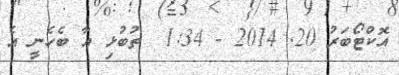
އޮކްޓޯބަރު 20